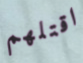
اقتلهم